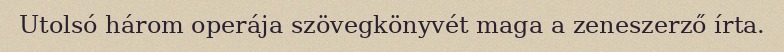
Utolsó három operája szövegkönyvét maga a zeneszerző írta.